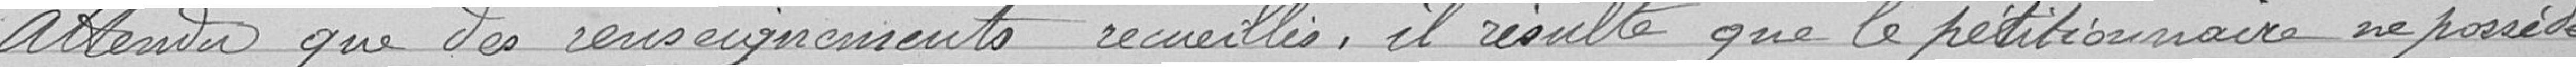
Attendu que des renseignements recueillis, il résulte que le pétitionnaire ne possède